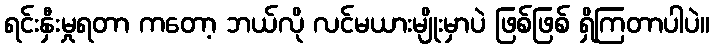
ရင်းနှီးမှုရတာ ကတော့ ဘယ်လို လင်မယားမျိုးမှာပဲ ဖြစ်ဖြစ် ရှိကြတာပါပဲ။